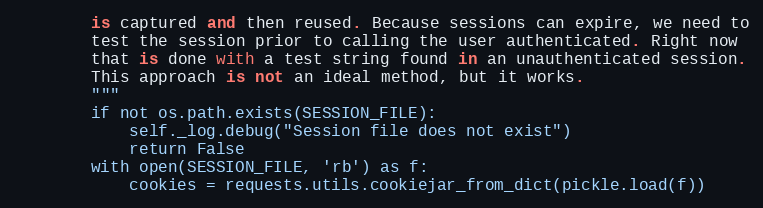
Language: Python
        is captured and then reused. Because sessions can expire, we need to
        test the session prior to calling the user authenticated. Right now
        that is done with a test string found in an unauthenticated session.
        This approach is not an ideal method, but it works.
        """
        if not os.path.exists(SESSION_FILE):
            self._log.debug("Session file does not exist")
            return False
        with open(SESSION_FILE, 'rb') as f:
            cookies = requests.utils.cookiejar_from_dict(pickle.load(f))